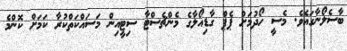
ބާސެލޯނާގައެވެ. މެސީ ހޯދުމަށް ޕެޕް ގާޑިއޯލާގެ މެންޗެސްޓާ ސިޓީއިން މަސައްކަތްކުރާ ކަމަށް ކޮންމެ